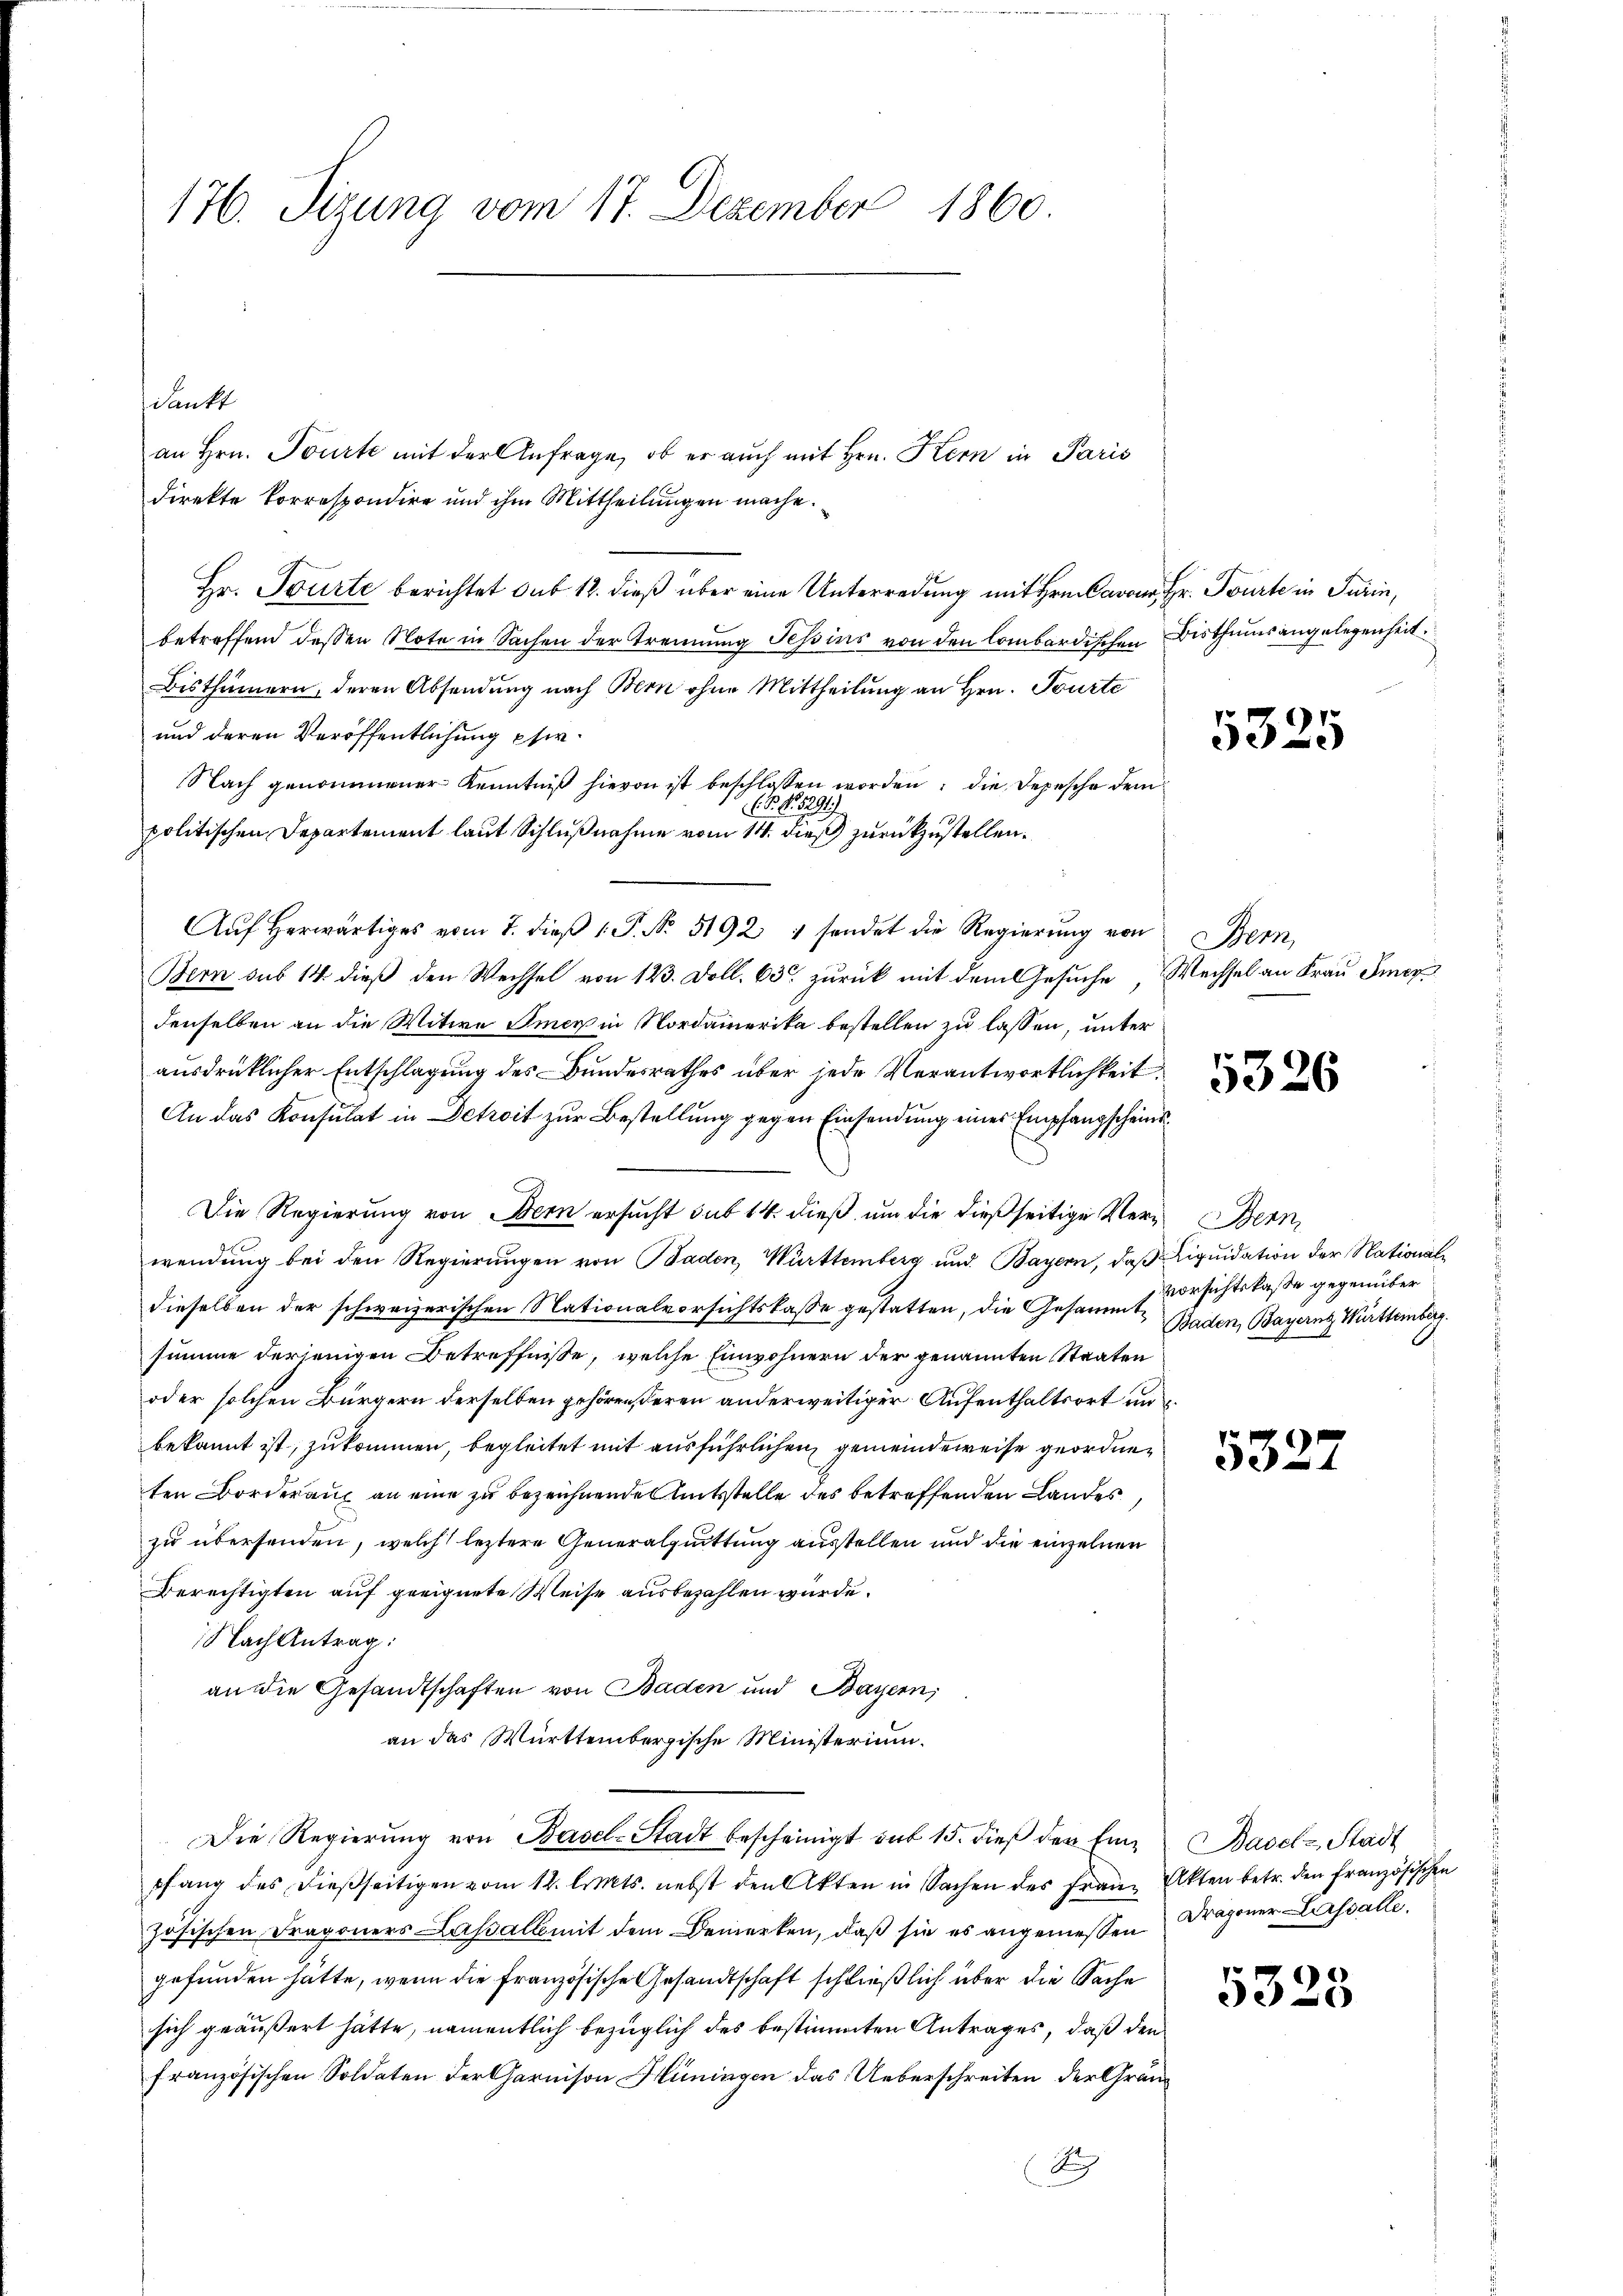
176. Sitzung vom 17. Dezember 1860.

dankt
an Hrn. Tourte mit der Anfrage, ob er auch mit Hrn. Kern in Paris
direkte Korrespondire und ihm Mittheilungen mache.
Hr. Tourte berichtet sub 12. dieß über eine Unterredung mit Hrn. Cavo Hr. Tourte in Turin,
betreffend dessen Note in Sachen der Trennung Tessins von den lombardischen Bisthums angelegenheit
Bisthümern, deren Absendung nach Bern ohne Mittheilung an Hrn. Tourte
und deren Veröffentlichung pfer¬
Nach genommener Kenntniß hievon ist beschlossen worden; die Depesche dem¬
(§. 1. 5291
politischen Departement laut Schlußnahme vom 14. dieß zurückzustellen.
Aŭf herwärtiges vom 7. dieβ 1 S. No. 51921 sendet die Regierŭng von
Bern sub 14 dieß den Wechsel von 123. Doll. 63 zurück mit dem Gesuche, Wechsel an Frau Smer
denselben an die Witwe Immer in Nordamerika bestellen zu lassen, unter
ausdrücklicher Entschlagung des Bundesrathes über jede Verantwortlichkeit
An das Konsulat in Detroit zur Bestellung gegen Einsendung eines Empfangscheins¬
Die Regierung von Bern ersucht sub 14 dieß, um die dießseitige Vergern
wendung bei den Regierungen von Baden, Württemberg und Bayern, daß Liquidation der Nationaldieselben der schweizerischen Nationalvorsichtskasse gestatten, die Gesammt Baden, Bayern, Württemberg.
summe derjenigen Betreffnisse, welche Einwohnern der genannten Staaten
oder solchen Bürgern derselben gehörenseren anderweitiger Aufenthaltsort un
bekannt ist, zukommen, begleitet mit ausführlichen, gemeindeweise geordneten orderauf an eine zu bezeichnendes Amtsstelle des betreffenden Landes
zu übersenden, welch leztere Generalquittung ausstellen und die einzelnen
Berechtigten auf geeignete Weise ausbezahlen wurde.
Nach Antrag:
an die Gesandtschaften von Baden und Bayern,
an das Württembergische Ministerium.
Die Regierŭng von Basel-Stadt bescheinigt sub 15. dieβ der Ein-Basel-Stadt
pfang des dießseitigen vom 12. Cts. nebst den Akten in Sachen des Franz Akten betr. den französischen
zösischen Dragoners Lassalbmit dem Bemerken, daß sie es angemessen Dragoner Lassalle.
gefunden hätte, wenn die französische Gesandtschaft schließlich über die Sache
sich geäußert hätte, namentlich bezüglich des bestimmten Antrages, daß den
französischen Soldaten der Garnison Hüningen das Ueberschreiten der Gränz
Auch

5325

Stem

5326

Vorsichtskasse gegenüber

5322

5328